Haapsalu_Metskond, lk 2
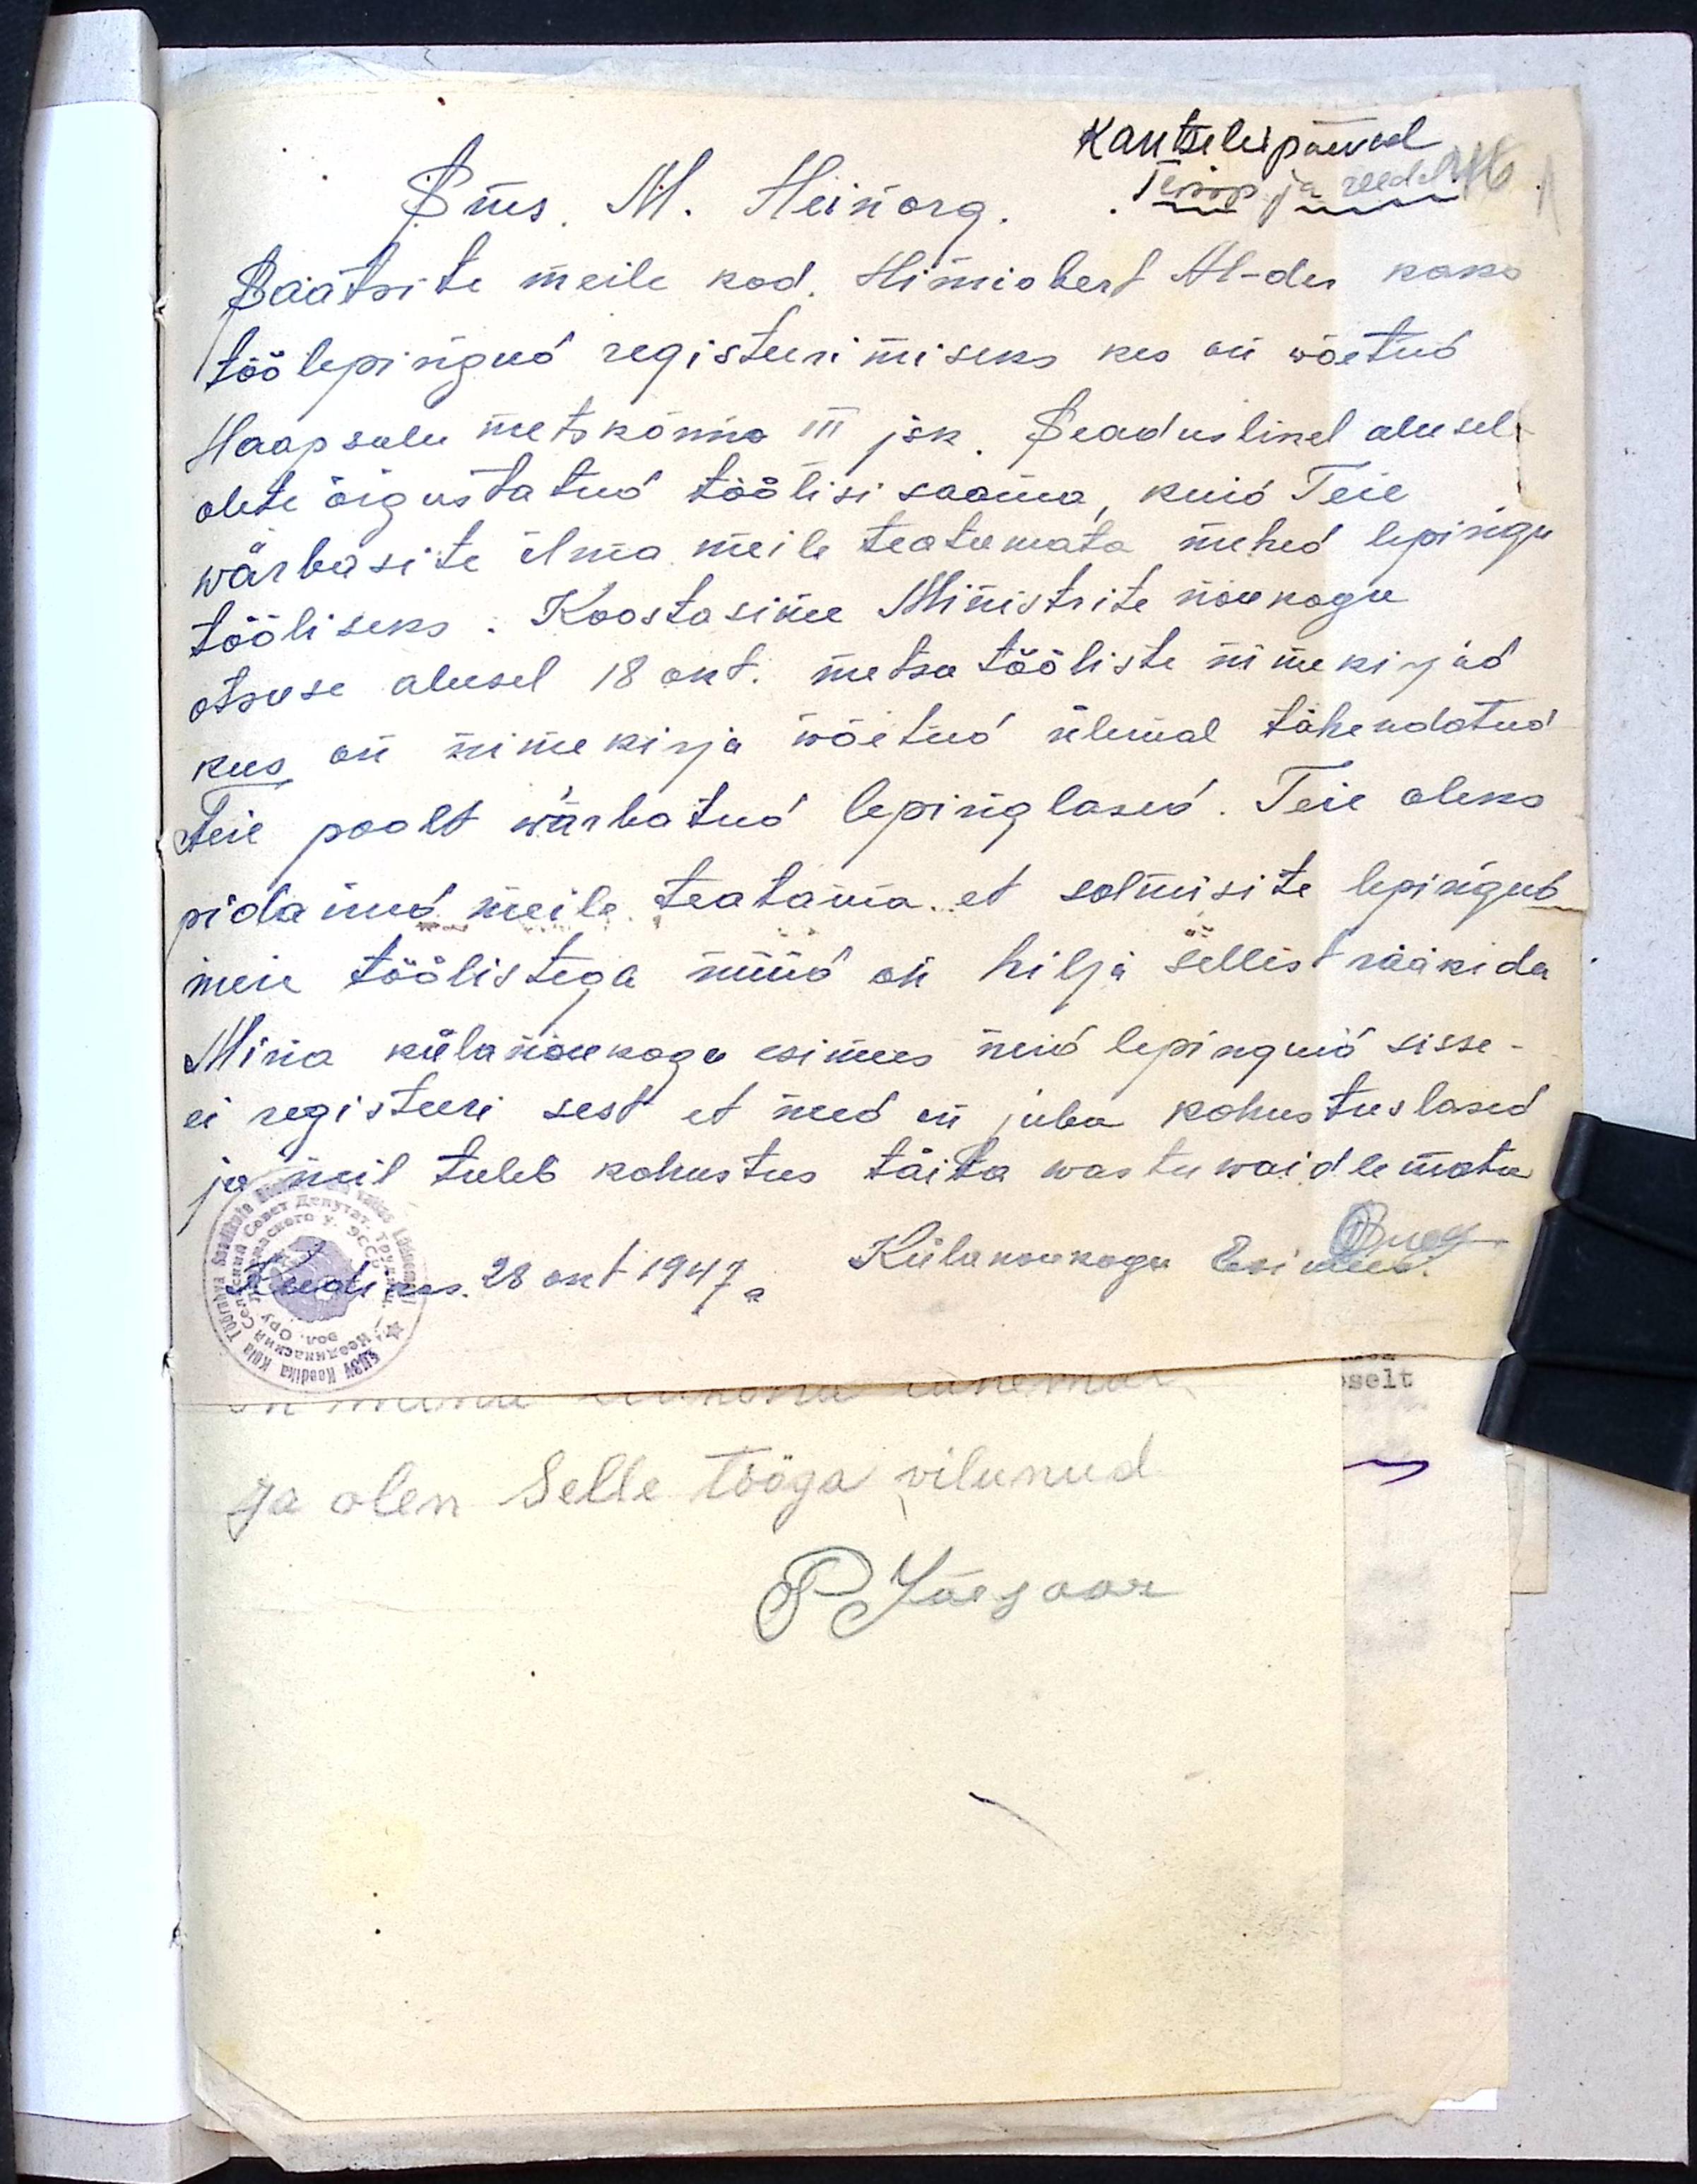
Kantseleipäevad
Sms. M. Heinorg.
Teisip ja reedel 46
Saatsite meile kod. Hinnobert Al-der kaks
töölepingud registeerimiseks kes on wõetud
Haapsalu metskonna III jsk. Seaduslikel alusel
olete õigustatud töölisi saama, kuid Teie
wärbasite ilma meile teatamata mehed lepingu
tööliseks. Koostasime Ministrite nõukogu
otsuse alusel 18 okt. metsatööliste nimekirjad
kus on nimekirja wõetud ülemal tähendatud
Teie poolt wärbatud lepinglased. Teie oleks
pidanud meile teatama, et solmisite lepingud
meie töölistega nüüd on hilja sellest rääkida
Mina külanõukogu esimees neid lepinguid sisse-
ei registeeri sest et need on juba kohustuslased
ja meil tuleb kohustus täita wastuwaidlemata
Keedikas. 28 okt 1947a Külanoukogu Esimees.